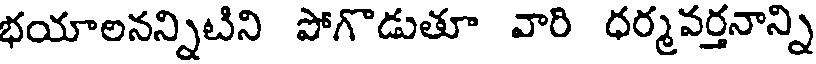
భయాలనన్నిటిని పోగొడుతూ వారి ధర్మవర్తనాన్ని